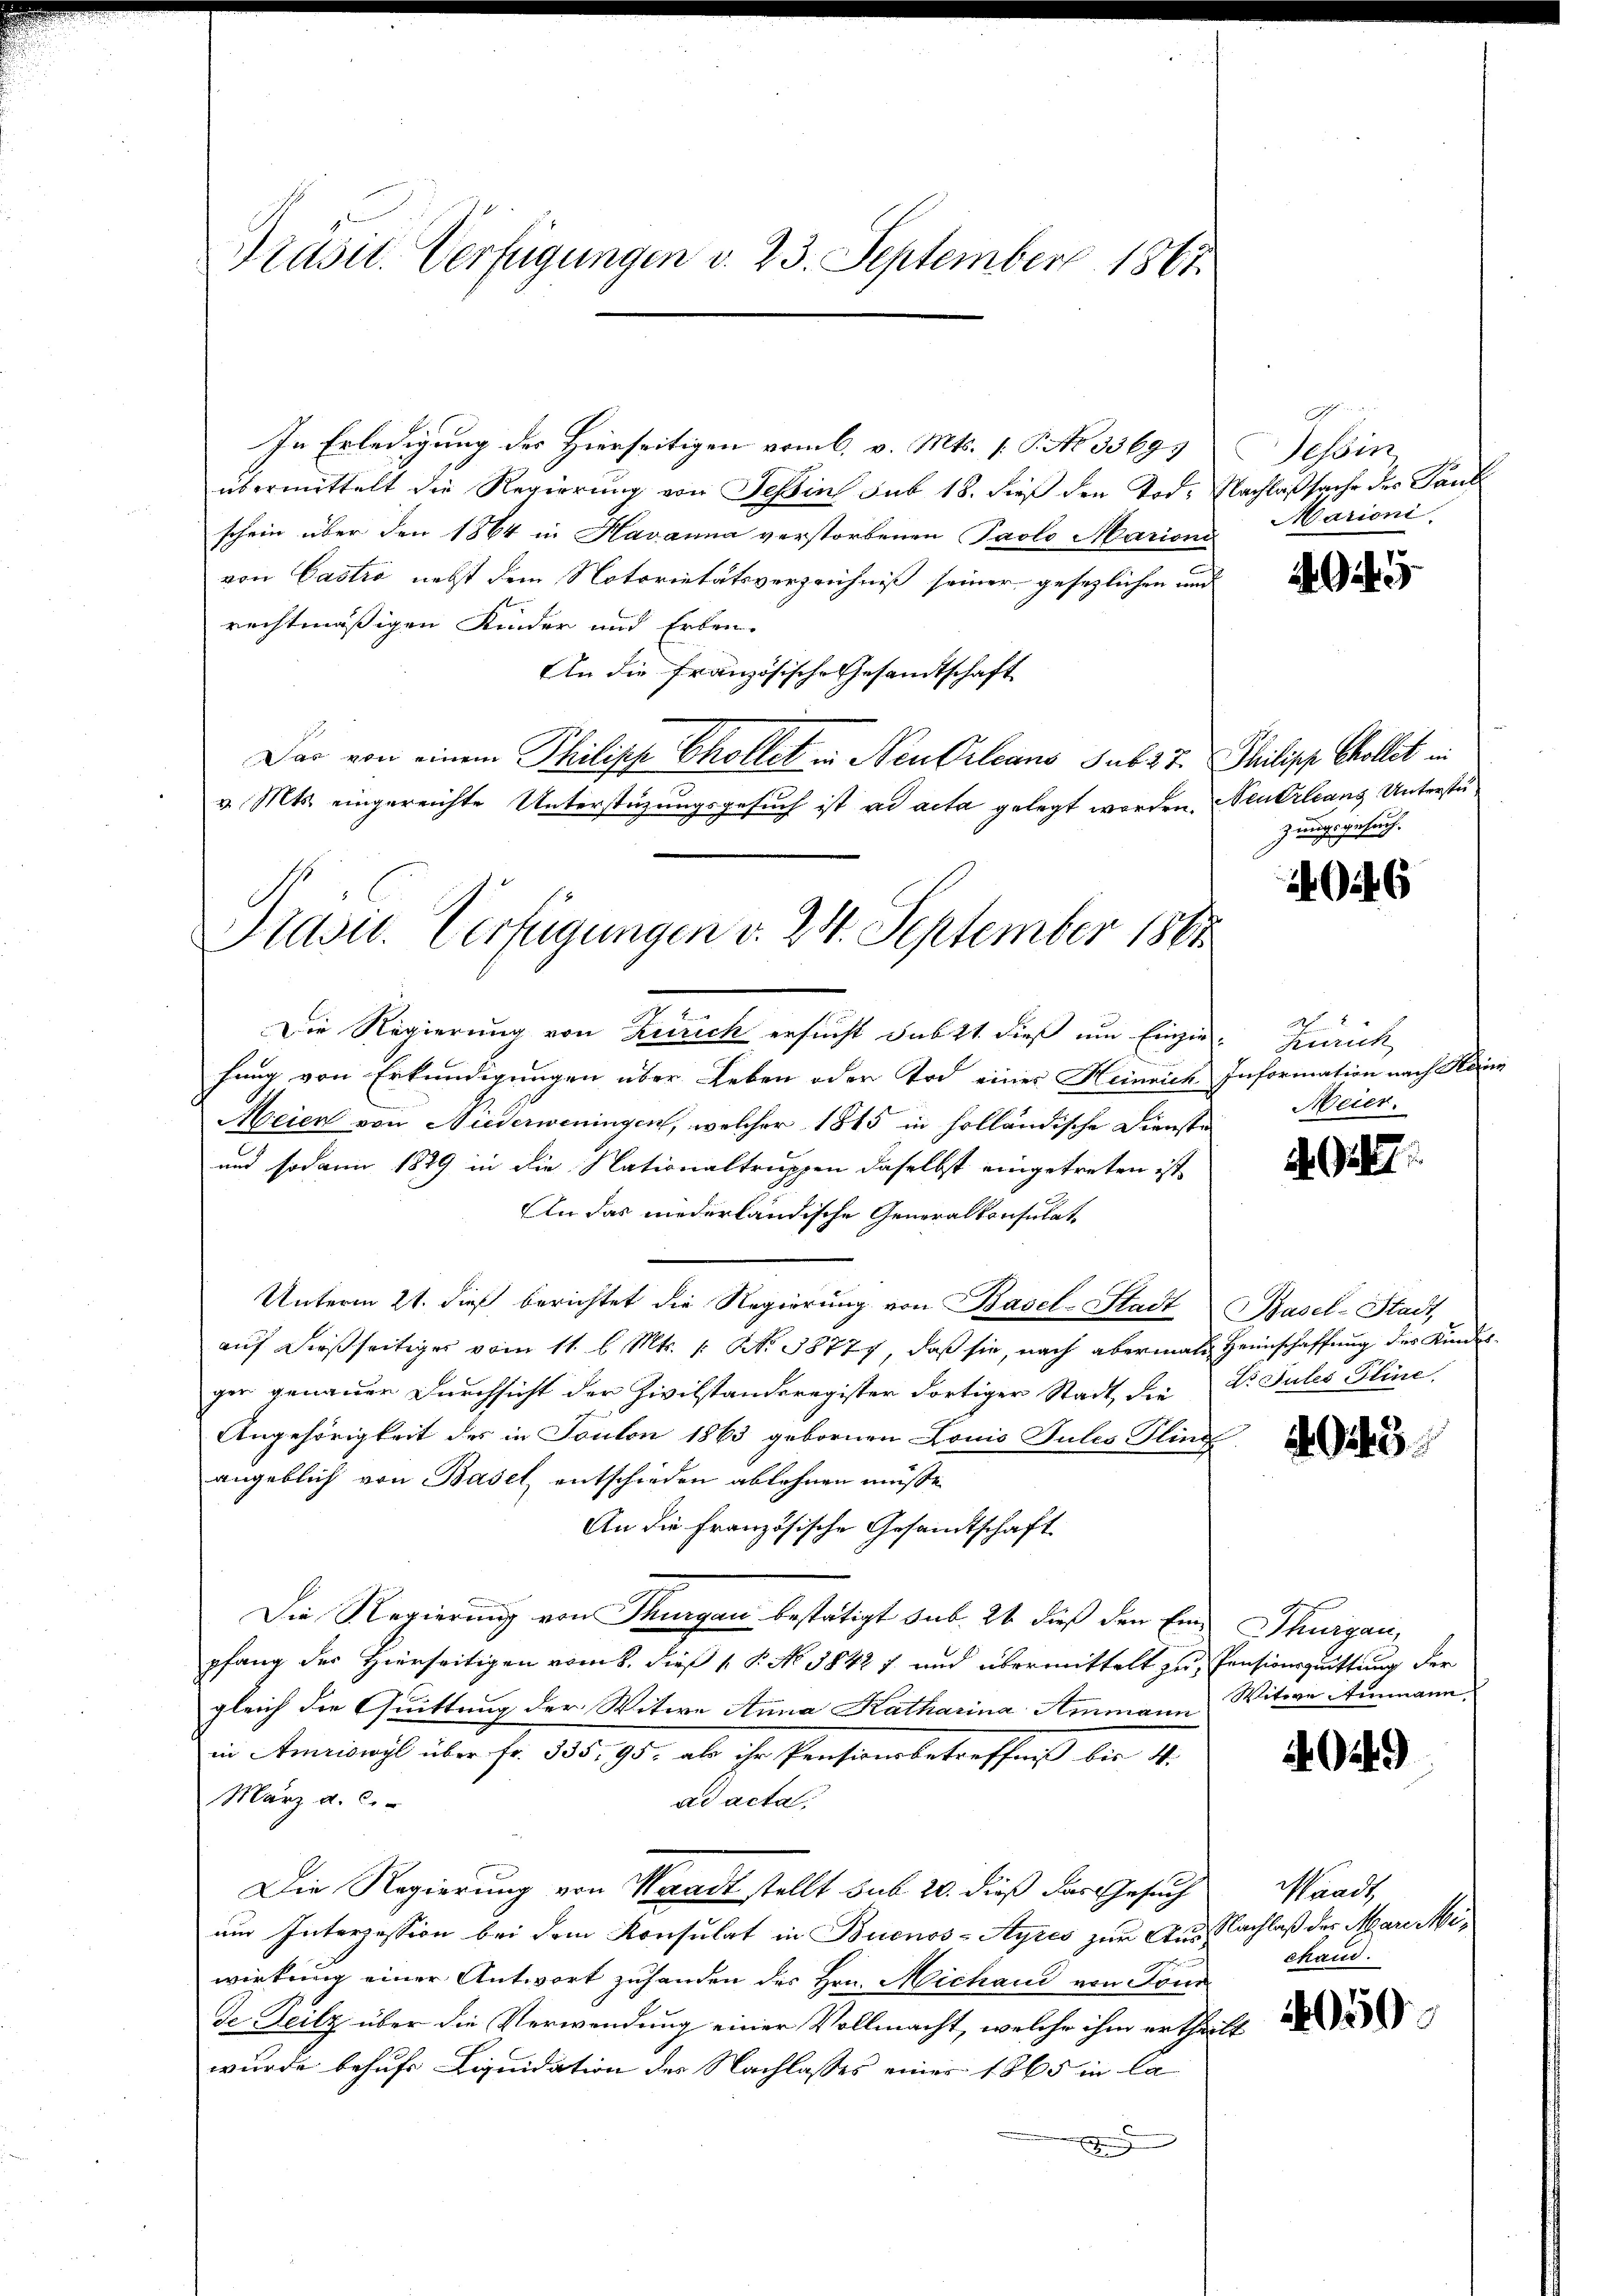
Präsid. Verfügungen v. 23. September 1861.

In Erledigung des Hierseitigen vom 6. v. Mts. (T. No 3369.
übermittelt die Regierung von Teßin sub 18. dieß den Todschein über den 1864 in Havanna verstorbenen Paolo Marioni
von Castro, nebst dem Notoritätsverzeichniß seiner gesezlichen und
rechtmäßigen Kinder und Erben.
An die französische Gesandtschaft
Das von einem Philipp Ehollet in Neu Orleans sub 27. Philipp Chollet in
Die Regierung von Zürich ersucht dab 21. dieß um Einzie- Zürich
hung von Erkundigungen über Leben oder Tod einer Heinrich Information nach Kenn
Meien von Niederweningen, welcher 1815 in holländische Dienste
und sodann 1889 in die Nationaltruppen daselbst eingetreten ist
An das niederländische Generalkonsulat¬
Unterm 21. dieß berichtet die Regierung von Basel-Stadt
auf dießseitiger vom 11. l. Mts. 1. No 38777, daß sie, nach abermals Heimschaffung des Kindesger genauer Durchsicht der Zivilstanderegister dortiger Stadt, die
Angehörigkeit des in Sonton 1863 gebornen Louis Julis Pling
angeblich von Basel, entschieden ablehnen müsse.
An die französische Gesandtschaft
Die Regierung von Thurgau bestätigt sub. 26 dieß den Einpfang der Hierseitigen vom 8. dieß P. No 38427 und übermittelt zu Pensionsquittung der
gleich die Quittung der Witwe Anna Katharina Ammann
in Amriswyl über fr. 335, 95, als ihr Pensionsbetreffniß bis 11.
März a. c.
ad acta,
Die Regierung von Waadt stellt sub 20. dieß das Gesuch
um Interzession bei dem Konsulat in Buenos-Ayres zur Aus Nachlaß der Mareckewirkung einer Antwort zuhanden des Hrn. Michand von Sonn
de Teilz über die Verwendung einer Vollmacht, welche ihm ertheiwurde behufs Liquidation des Nachlasses einer 1865 in Ca
E

v. Mts. eingereichte Unterstüzungsgesuch ist ad acta gelegt worden.
Präsid. Verfügungen v. 24. September 1884

2
Tessin
Nachlaßsache der Pauli
Marioni

Neuerleans Unterstuzungsgesuch.

46

Meier.

d. Ge

Pasel-Stadt,
Dr Sules Stime.

943.

Thurgau,
Witwe Ammann

40449

Waadt,
ehand.

t

050